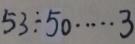
5 3 \div 5 0 \cdots 3